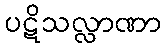
ပဋိသလ္လာဏာ